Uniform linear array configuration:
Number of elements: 32
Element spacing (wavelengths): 1
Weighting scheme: blackman
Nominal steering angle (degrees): -60
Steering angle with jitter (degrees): -61.77
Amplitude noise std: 0.05
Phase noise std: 0.05

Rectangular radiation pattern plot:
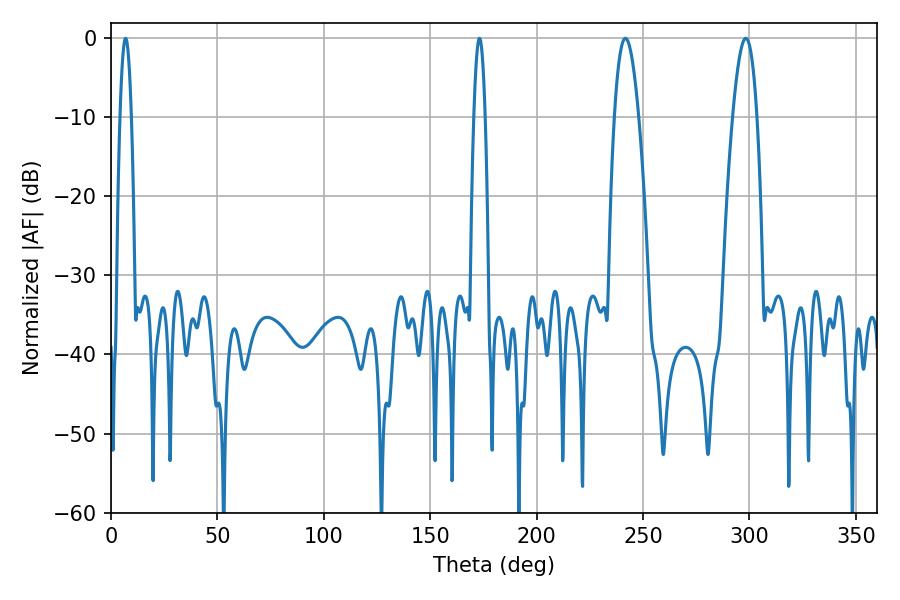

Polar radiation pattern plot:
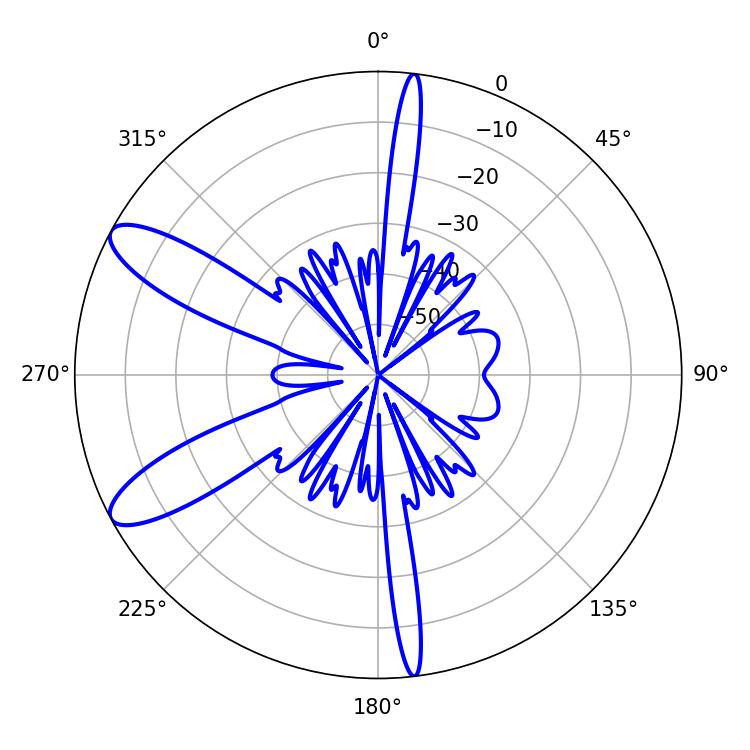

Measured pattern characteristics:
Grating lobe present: TRUE
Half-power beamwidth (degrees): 6.3
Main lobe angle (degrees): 298.26